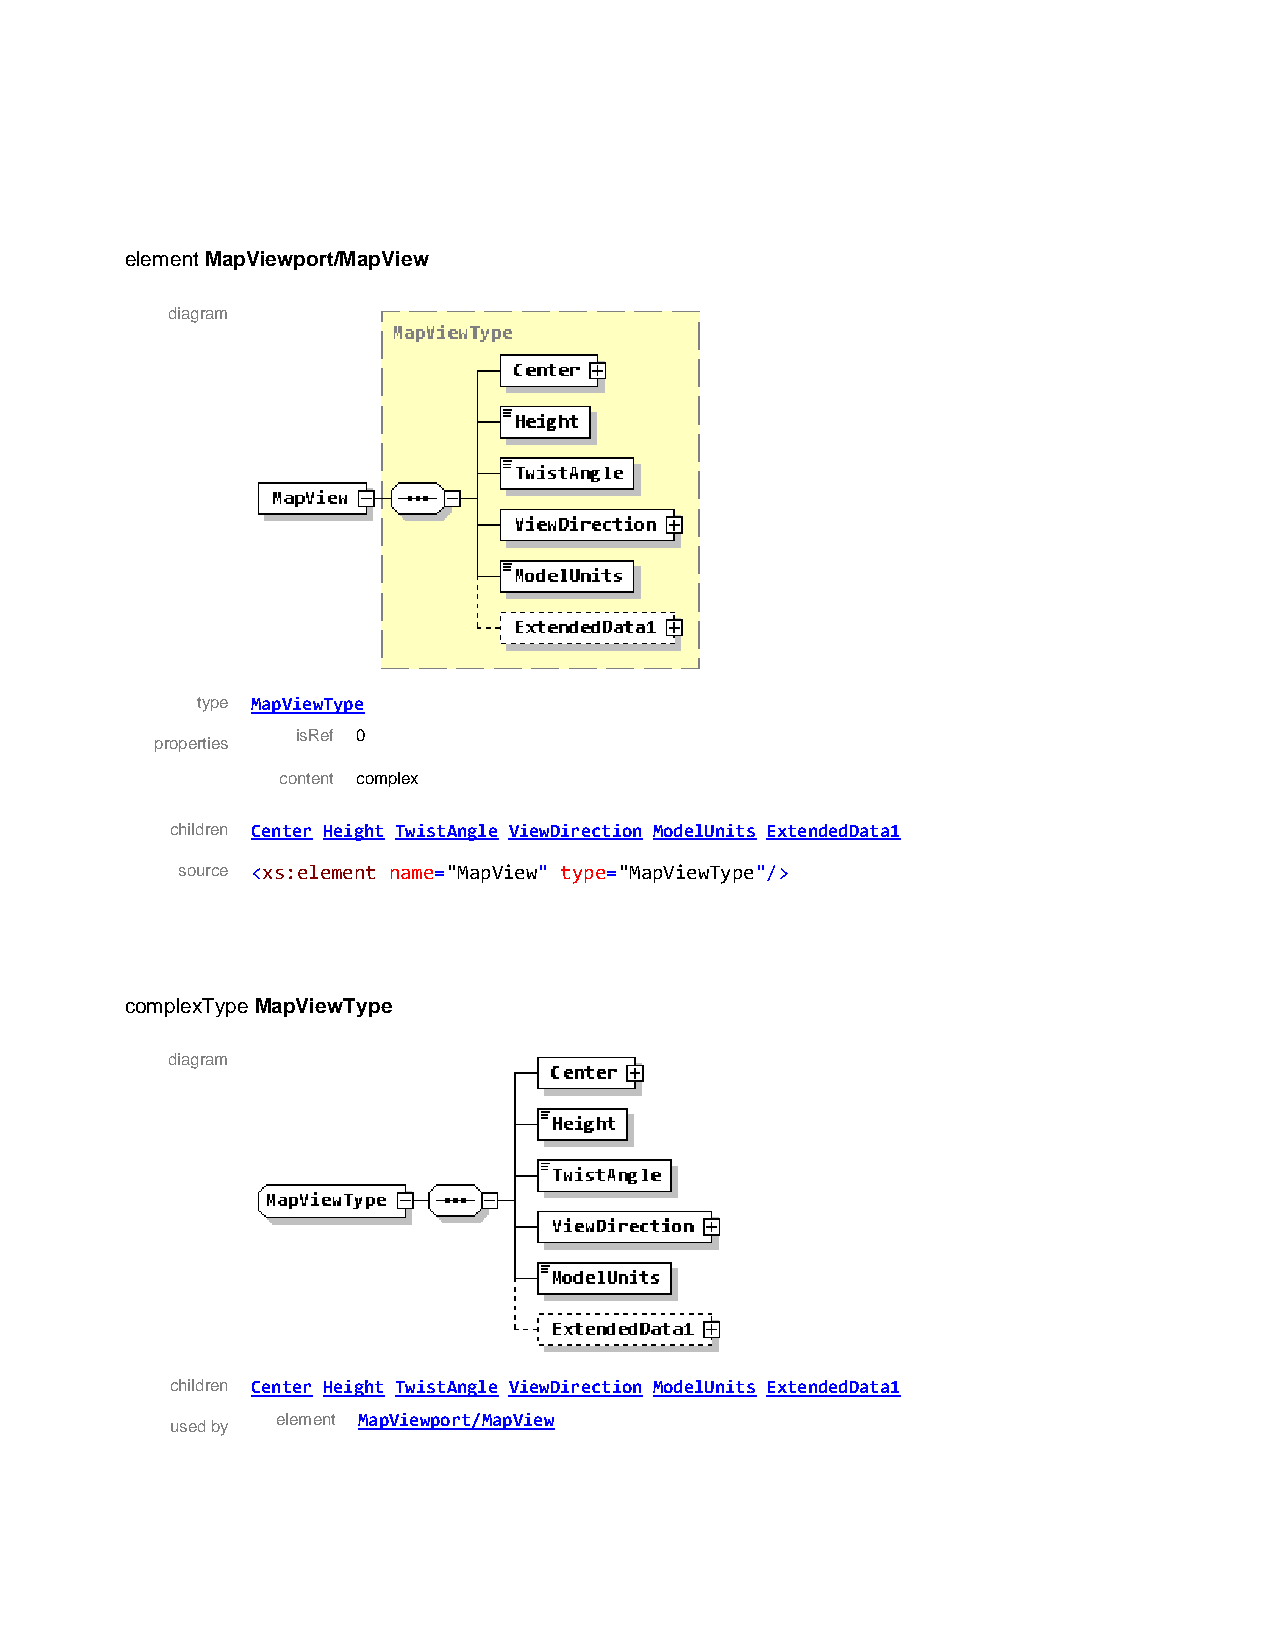
element MapViewport/MapView
 diagram
 type MapViewType
 isRef 0
 properties
 content complex
 children Center Height TwistAngle ViewDirection ModelUnits ExtendedData1
 source <xs:element name="MapView" type="MapViewType"/>
 complexType MapViewType
 diagram
 children Center Height TwistAngle ViewDirection ModelUnits ExtendedData1
 element MapViewport/MapView
 used by